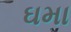
ઘમા